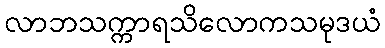
လာဘသက္ကာရသိလောကသမုဒယံ